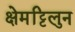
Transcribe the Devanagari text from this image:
क्षेमट्टिलुन